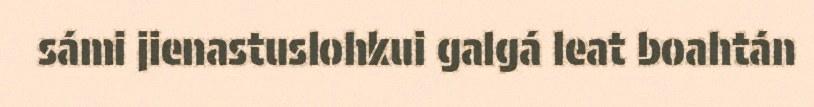
sámi jienastuslohkui galgá leat boahtán